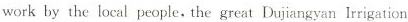
work by the local people, the great Dujangyan Irrigation